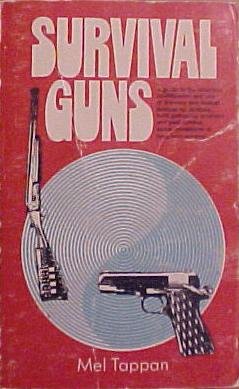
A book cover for Survival guns: A guide to the selection, modification, and use of firearms and related devices for defense, food gathering, predator and pest control, under conditions of long term survival; Mel Tappan; Crafts, Hobbies & Home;